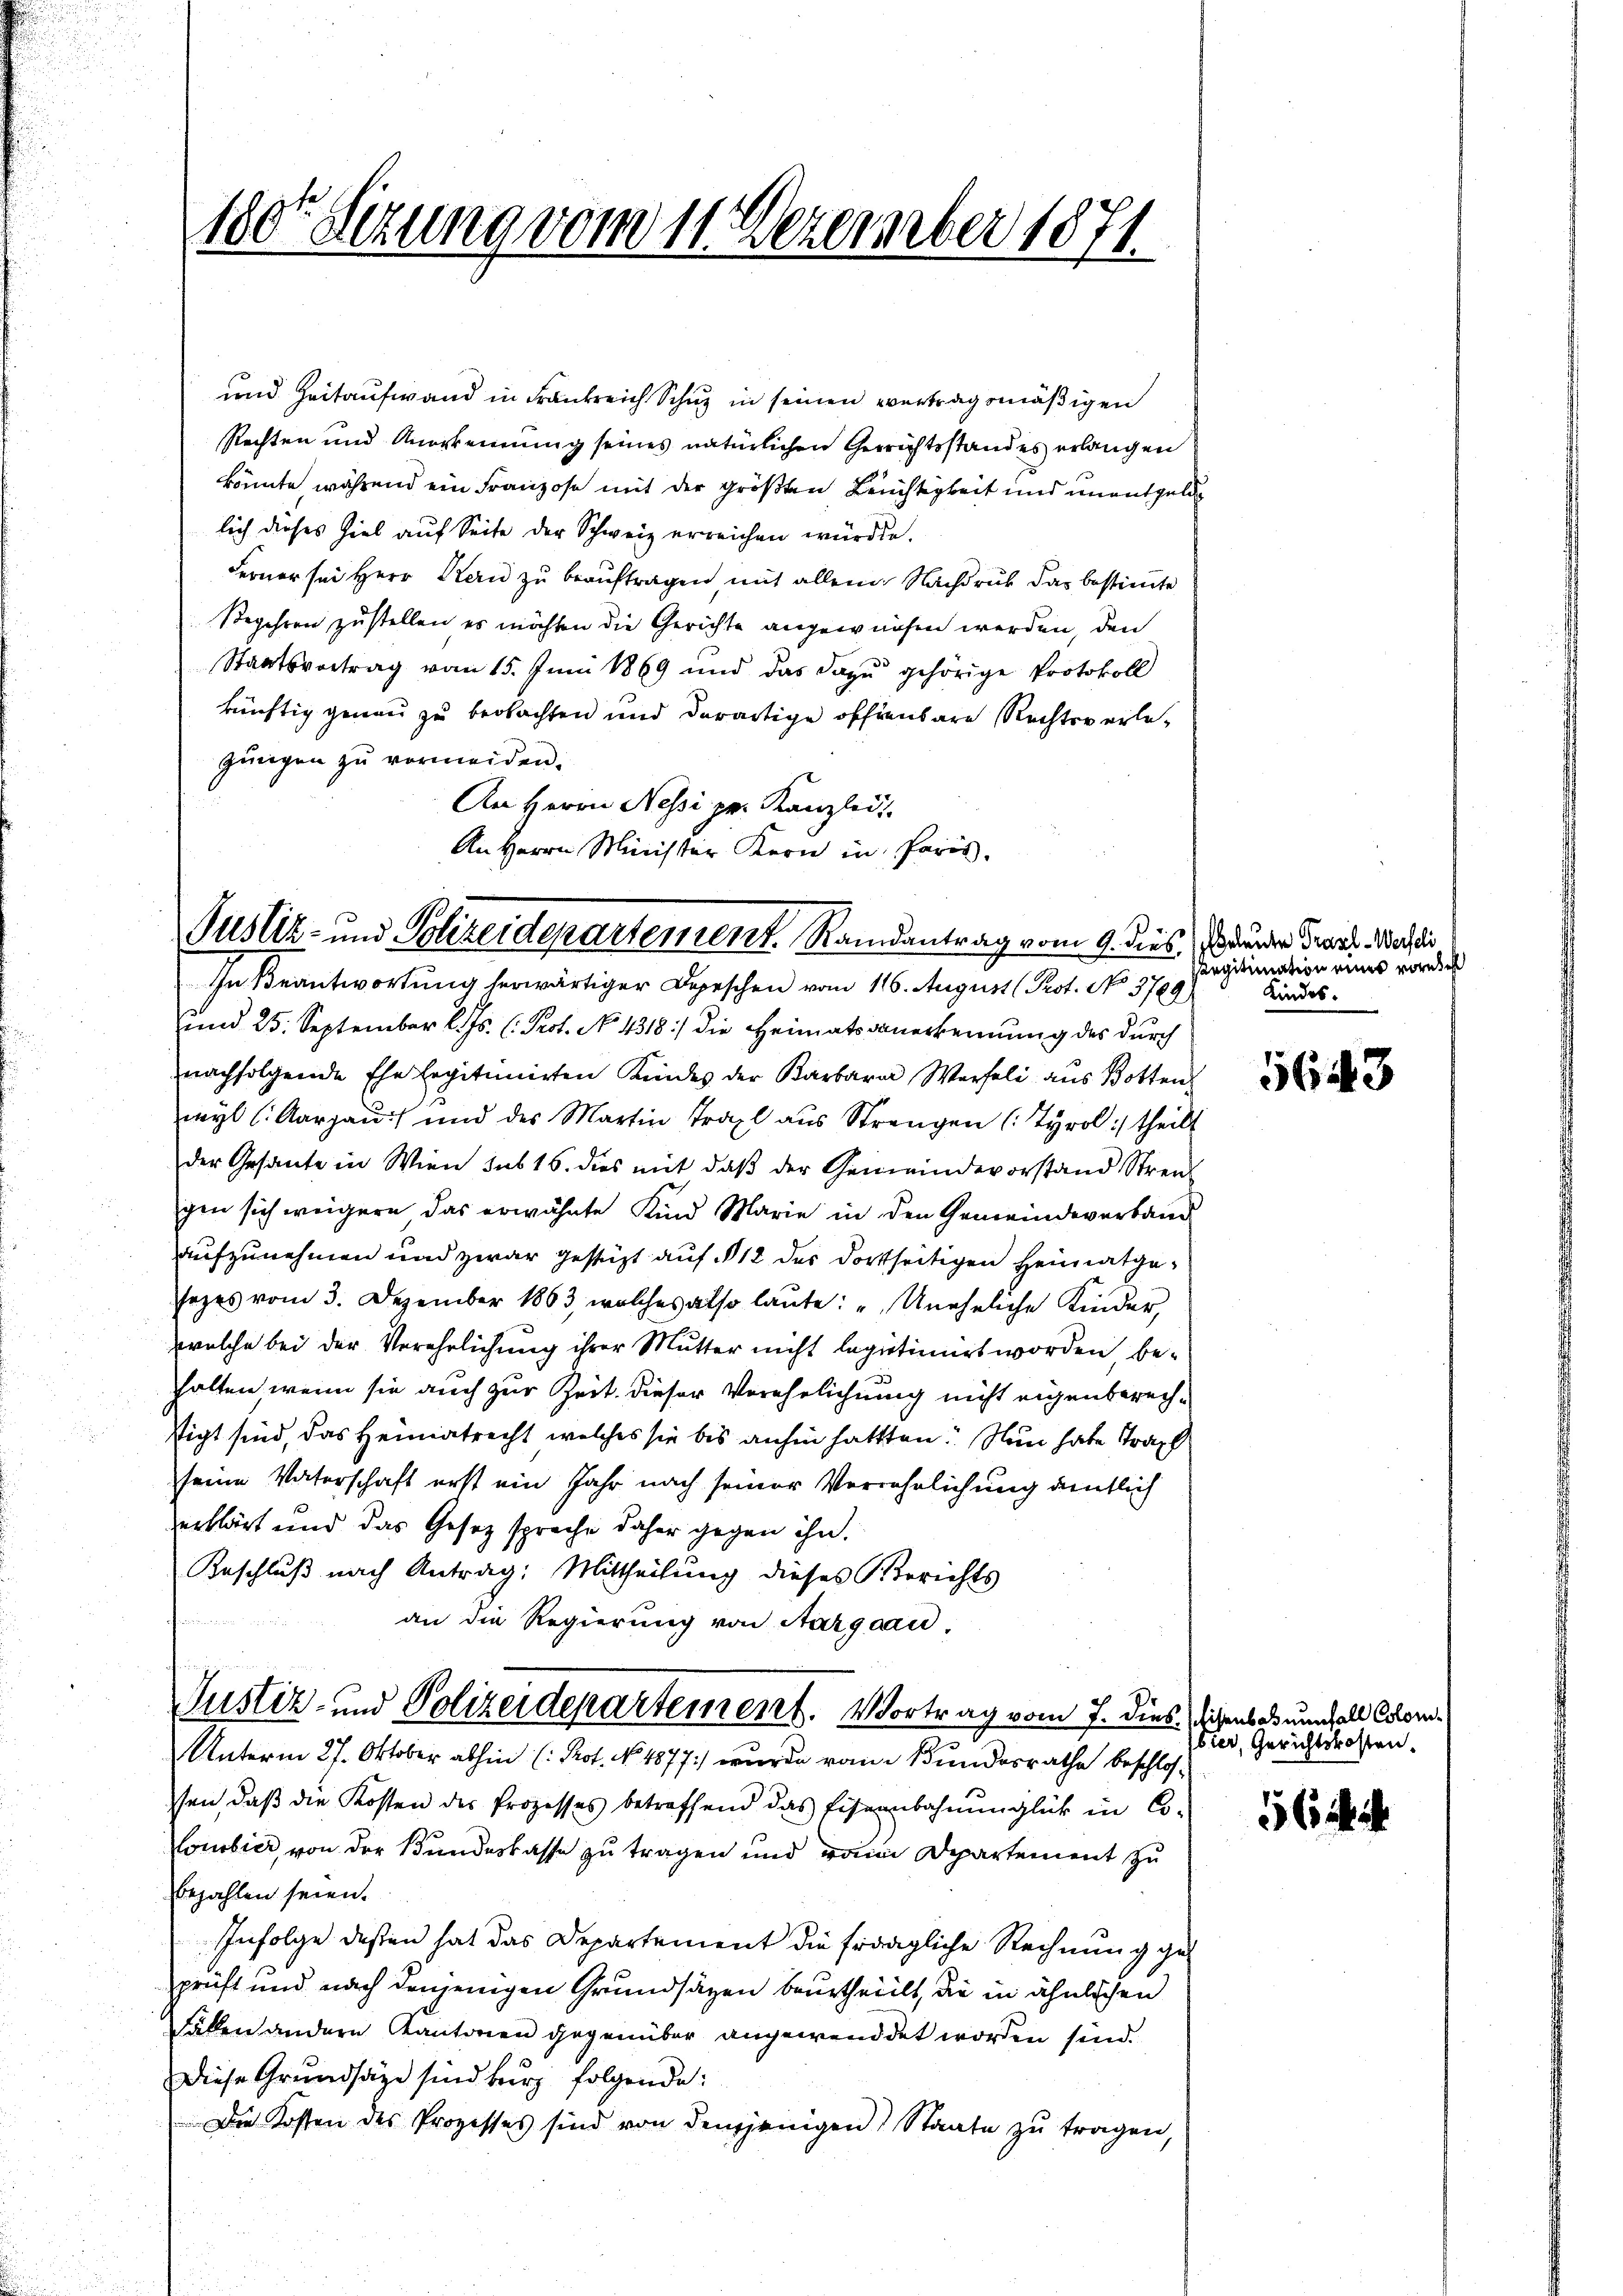
100. Sizung vom 11. Dezember 1871.

und Zeitaufwand in Frankreich Schuz in seinen vertragsmäßigen
Rechten und Anerkennung seines natürlichen Gerichtsstandes erlangen
könnte während ein Franzose mit der größten Leichtigkeit und unentgeldlich dieses Ziel auf Seite der Schweiz erreichen würden.
Ferner sei Herr Kern zu beauftragen mit allem Nachdruck das bestimmte
Begehren zustellen es möchten die Gerichte angewiesen werden, den
Staatsvertrag vom 15. Juni 1869 und das dazu gehörige Protokoll
künftig genau zu beobachten und derartige offenbare Rechter erlejungen zu vermeiden.
An Herrn Nessi pr. Kanzlei
In Beantwortung herwärtiger Depeschen vom 116. August (Prot. No. 3789)
und 25. September l. Js. (Prot. No. 4318) die Heimats anerkennung des durch
nachfolgende Ehe legitimirten Kindes der Karbara Werfeli aŭs Botten
wyl (Aargau und des Martin Traxl aus Strengen (Tyrol :/ theilt
der Gesante in Wien sub 16. dies mit daβ der Gemeindevorstand Streul
gen sich weigern das erwähnte Kind Marie in den Gemeindeverband
aufzunehmen und zwar gestützt auf 12 des dortseitigen Heimatgesezes vom 3. Dezember 1863, welches also laŭte: „Uneheliche Kinder,
zwelche bei der Verehrlichung ihrer Mutter nicht legitimirt worden behalten wenn sie auch zur Zeit dieser Verehelichung nicht eigenberechstigt sind, das Heimatrecht, welches sie bis anhin hatten. Nun habe Trau
seine Vaterschaft erst ein Jahr nach seiner Verehrlichung amtlich
erklärt und das Gesetz sprache daher gegen ihn.
Beschluß nach Antrag: Mittheilung dieses Berichts
an die Regierung von Aargau,
Justiz- und Polizeidepartement. Vortrag vom 7. dies sichenbauenfall Con¬
Unterm 27. Oktober abhin (Pot. No. 1877) wurde vom Bundesrathe beschlossen, daβ die Kosten des Prozesses betreffend das Eisenbahnŭnglück in Co-
Combier, von der Bundeskasse zu tragen und rein Departement zu
bezahlen seien.
Infolge deßen hat das Departement die fragliche Rechnung ge-
prüft und nach denjenigen Grundsätzen beurtheilt, die in ähnlichen
Fällen andern Kantonen gegenüber angewenddet worden sind.
Diese Grundsätze sind burg folgende:
Die Kosten des Prozesses sind von demjenigen Staate zu tragen,

An Herrn Minister Kern in Paris.
Justiz- und Polizeidepartement. Randantrag vom 9. dies Bunder Trost. Nach die

Regitimation eines vorn
Kindes.

5643

bier, Gerichtskosten.

56